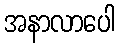
အနာလာပေါ